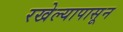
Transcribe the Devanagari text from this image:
रखेल्यापासून